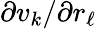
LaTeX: \partial v_{k}/\partial r_{\ell}